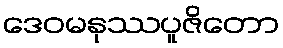
ဒေဝမနုဿပူဇိတော